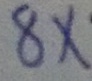
8 x